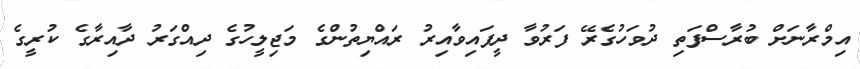
އިމްރާނަށް ބުރާސްފަތި ދުވަހުގެރޭ ފަރުވާ ދީފައިވާއިރު ރައްޔިތުންގެ މަޖިލީހުގެ ދިއްގަރު ދާއިރާގެ ކުރީގެ